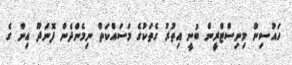
ހައުސިން މިނިސްޓްރީން ބުނީ އިތުރު ގެތަކުގެ މަސައްކަތް ނިމެންދެން ފޮނަދޫ އިން ގެ